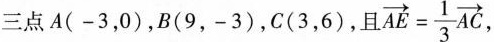
三点A(-3，0)，B(9，-3)，C(3，6)，且 $$\overrightarrow { A E }= \frac { 1 } { 3 } \overrightarrow { A C }$$,